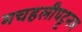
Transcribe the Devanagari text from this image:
मचहलीपट्टनम